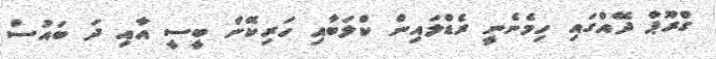
ގްރޫޕް ދޭއްގައި ހިމެނެނީ ރެޑްލައިން ކްލަބާއި ހަރިކޭން ބީސީ އާއި ދަ ބައުސް